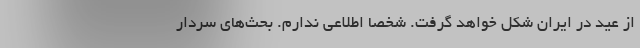
از عید در ایران شکل خواهد گرفت. شخصا اطلاعی ندارم. بحث‌های سردار